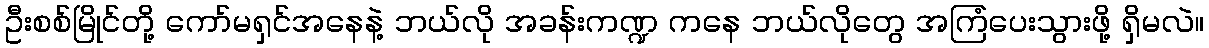
ဦးစစ်မြိုင်တို့ ကော်မရှင်အနေနဲ့ ဘယ်လို အခန်းကဏ္ဍ ကနေ ဘယ်လိုတွေ အကြံပေးသွားဖို့ ရှိမလဲ။